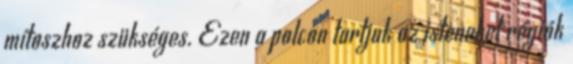
mítoszhoz szükséges. Ezen a polcon tartjuk az isteneket régiók